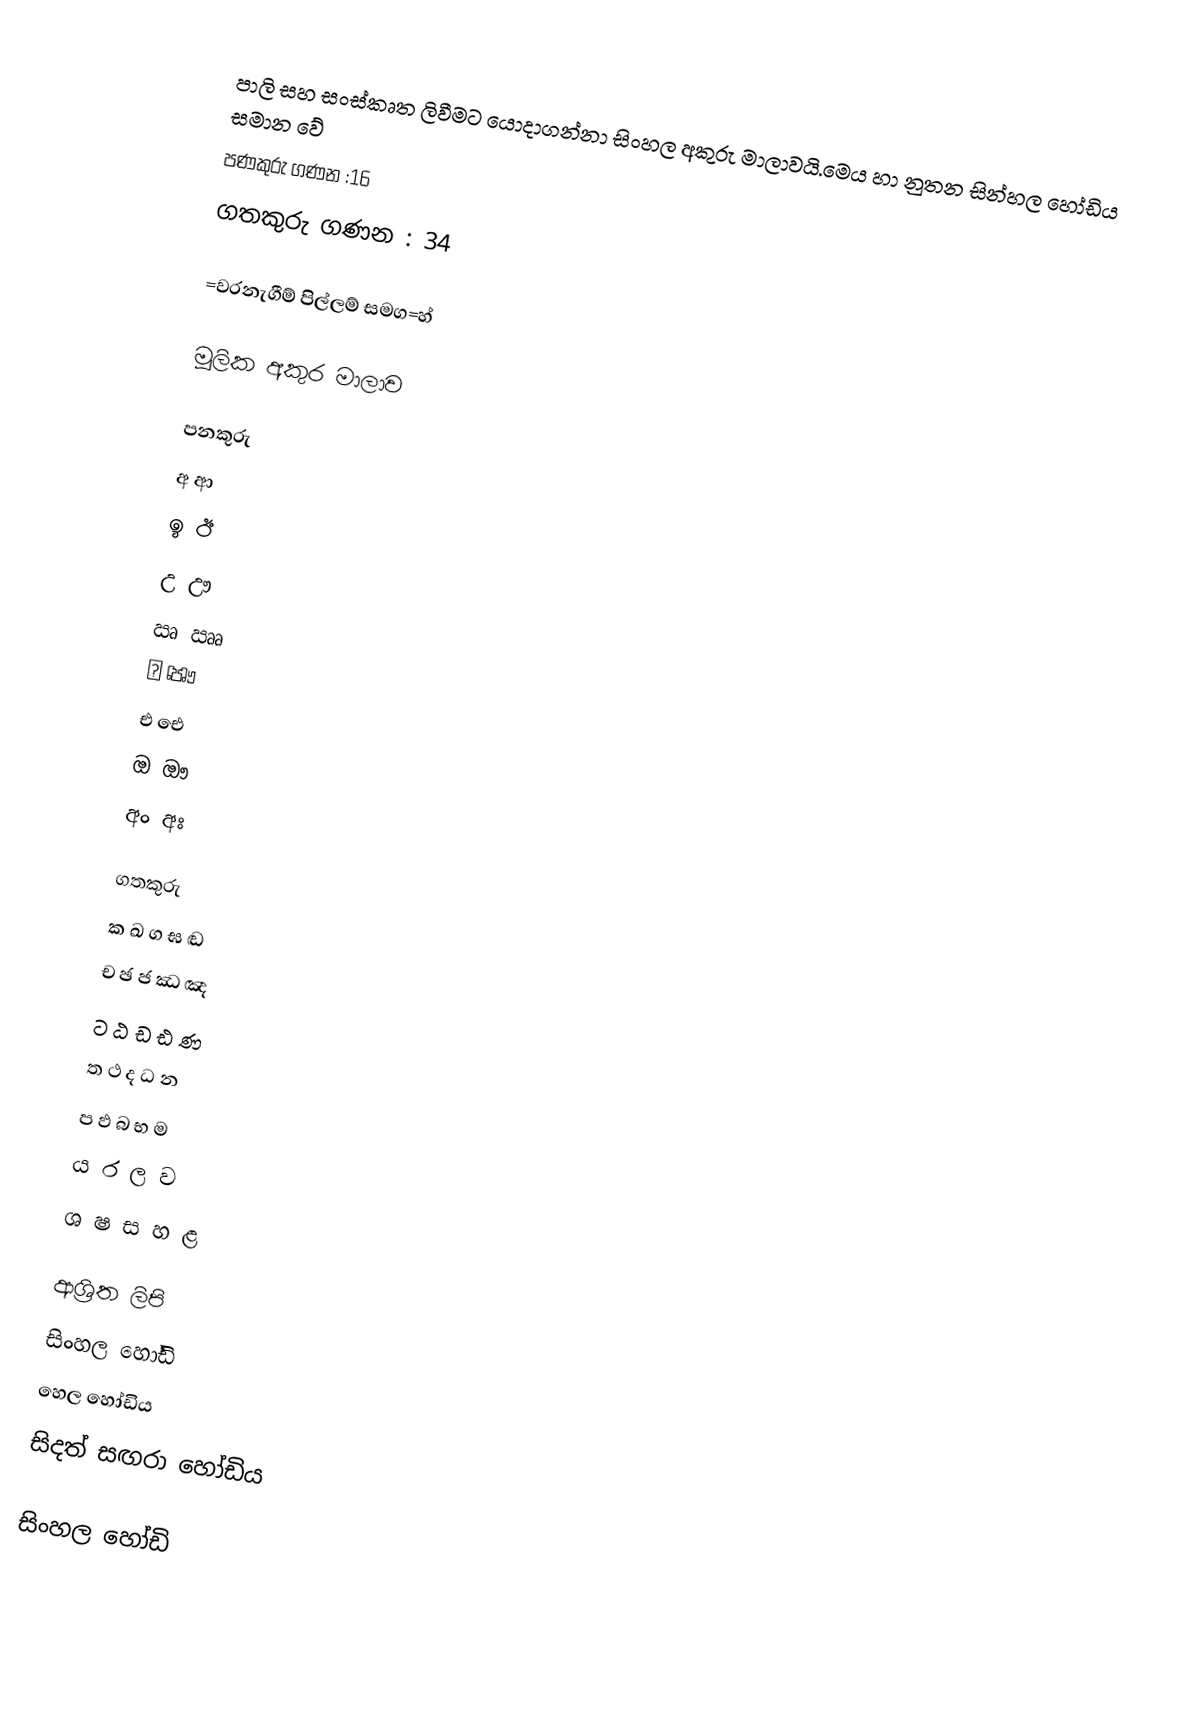
පාලි සහ සංස්කෘත ලිවීමට යොදාගන්නා සිංහල අකුරු මාලාවයි.මෙය හා නුතන සින්හල හෝඩිය සමාන වේ
පණකුරු ගණන :16
ගතකුරු ගණන : 34

=වරනැගීම් පිල්ලම් සමග=හ්

මූලික අකුර මාලාව

පනකුරු
අ ආ
ඉ ඊ
උ ඌ
ඍ ඎ
ඏ ඐ
එ ඓ
ඔ ඖ
අං අඃ

ගතකුරු
ක ඛ ග ඝ ඬ
ච ඡ ජ ඣ ඤ
ට ඨ ඩ ඪ ණ
ත ථ ද ධ න
ප ඵ බ භ ම
ය ර ල ව
ශ ෂ ස හ ළ

ආශ්‍රිත ලිපි
 සිංහල හෝඩි
 හෙල හෝඩිය
 සිදත් සඟරා හෝඩිය

සිංහල හෝඩි